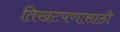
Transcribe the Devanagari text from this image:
तिखटपणासाठी